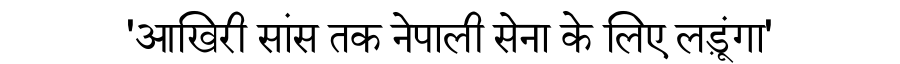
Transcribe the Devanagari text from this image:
'आखिरी सांस तक नेपाली सेना के लिए लड़ूंगा'